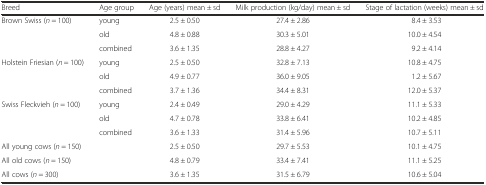
<table><thead><tr><td><b>Breed</b></td><td><b>Age group</b></td><td><b>Age (years) mean ± sd</b></td><td><b>Milk production (kg/day) mean ± sd</b></td><td><b>Stage of lactation (weeks) mean ± sd</b></td></tr></thead><tbody><tr><td rowspan="3">Brown Swiss (<i>n</i> = 100)</td><td>young</td><td>2.5 ± 0.50</td><td>27.4 ± 2.86</td><td>8.4 ± 3.53</td></tr><tr><td>old</td><td>4.8 ± 0.88</td><td>30.3 ± 5.01</td><td>10.0 ± 4.54</td></tr><tr><td>combined</td><td>3.6 ± 1.35</td><td>28.8 ± 4.27</td><td>9.2 ± 4.14</td></tr><tr><td rowspan="3">Holstein Friesian (<i>n</i> = 100)</td><td>young</td><td>2.5 ± 0.50</td><td>32.8 ± 7.13</td><td>10.8 ± 4.75</td></tr><tr><td>old</td><td>4.9 ± 0.77</td><td>36.0 ± 9.05</td><td>1.2 ± 5.67</td></tr><tr><td>combined</td><td>3.7 ± 1.36</td><td>34.4 ± 8.31</td><td>12.0 ± 5.37</td></tr><tr><td rowspan="3">Swiss Fleckvieh (<i>n</i> = 100)</td><td>young</td><td>2.4 ± 0.49</td><td>29.0 ± 4.29</td><td>11.1 ± 5.33</td></tr><tr><td>old</td><td>4.7 ± 0.78</td><td>33.8 ± 6.41</td><td>10.2 ± 4.85</td></tr><tr><td>combined</td><td>3.6 ± 1.33</td><td>31.4 ± 5.96</td><td>10.7 ± 5.11</td></tr><tr><td colspan="2">All young cows (<i>n</i> = 150)</td><td>2.5 ± 0.50</td><td>29.7 ± 5.53</td><td>10.1 ± 4.75</td></tr><tr><td colspan="2">All old cows (<i>n</i> = 150)</td><td>4.8 ± 0.79</td><td>33.4 ± 7.41</td><td>11.1 ± 5.25</td></tr><tr><td colspan="2">All cows (<i>n</i> = 300)</td><td>3.6 ± 1.35</td><td>31.5 ± 6.79</td><td>10.6 ± 5.04</td></tr></tbody></table>